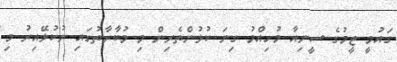
ގައުމީ ޓީމުގެ ސީނިއާ މުހިއްމު ގިނަ ކުޅުންތެރިން މި މުބާރާތުގައި ނުކުޅޭއިރު މި